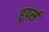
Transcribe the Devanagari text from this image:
हूपर्स